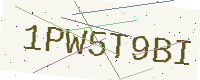
Text: 1PW5T9BI